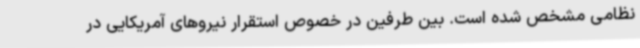
نظامی مشخص شده است. بین طرفین در خصوص استقرار نیروهای آمریکایی در